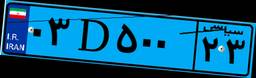
۹۰D۱۱۶۴۹